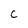
Character: c